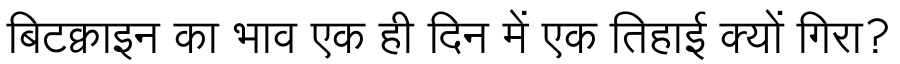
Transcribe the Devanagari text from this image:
बिटक्वाइन का भाव एक ही दिन में एक तिहाई क्यों गिरा?